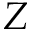
Z